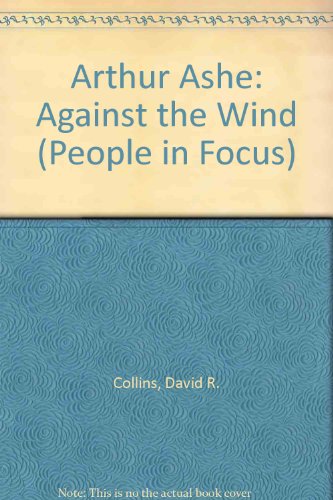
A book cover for Arthur Ashe: Against the Wind (People in Focus); David R. Collins; Children's Books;